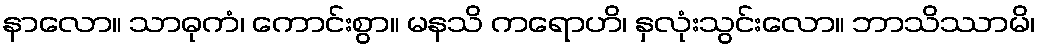
နာလော။ သာဓုကံ၊ ကောင်းစွာ။ မနသိ ကရောဟိ၊ နှလုံးသွင်းလော။ ဘာသိဿာမိ၊